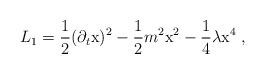
LaTeX: \begin{align*}L_1=\frac{1}{2} (\partial_t {\rm x})^2-\frac{1}{2} m^2 {\rm x}^2-\frac{1}{4} \lambda {\rm x}^4 \; ,\end{align*}